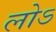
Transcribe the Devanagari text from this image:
लोऽ